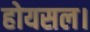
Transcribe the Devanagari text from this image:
होयसल।